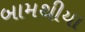
બામથીયા